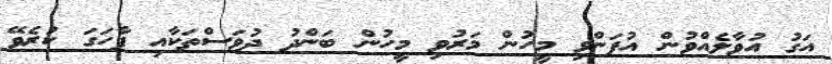
އަގު އުވާލެއްވުން އުފަންވި މީހުން މަރުވި މީހުން ބަންދު ދުވަސްތަކާއި ފާހަގަ ކުރެވޭ